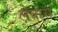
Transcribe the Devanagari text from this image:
लेबारा